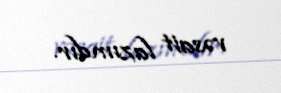
vəsait lazımdır.